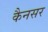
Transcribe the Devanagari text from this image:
कैनसर